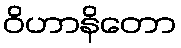
ဝိဟာနိတော